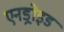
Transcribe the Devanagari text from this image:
एनड्रोइड